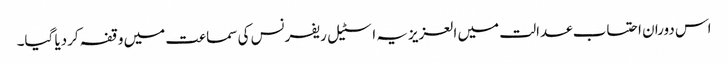
اس دوران احتساب عدالت میں العزیزیہ اسٹیل ریفرنس کی سماعت میں وقفہ کردیا گیا۔